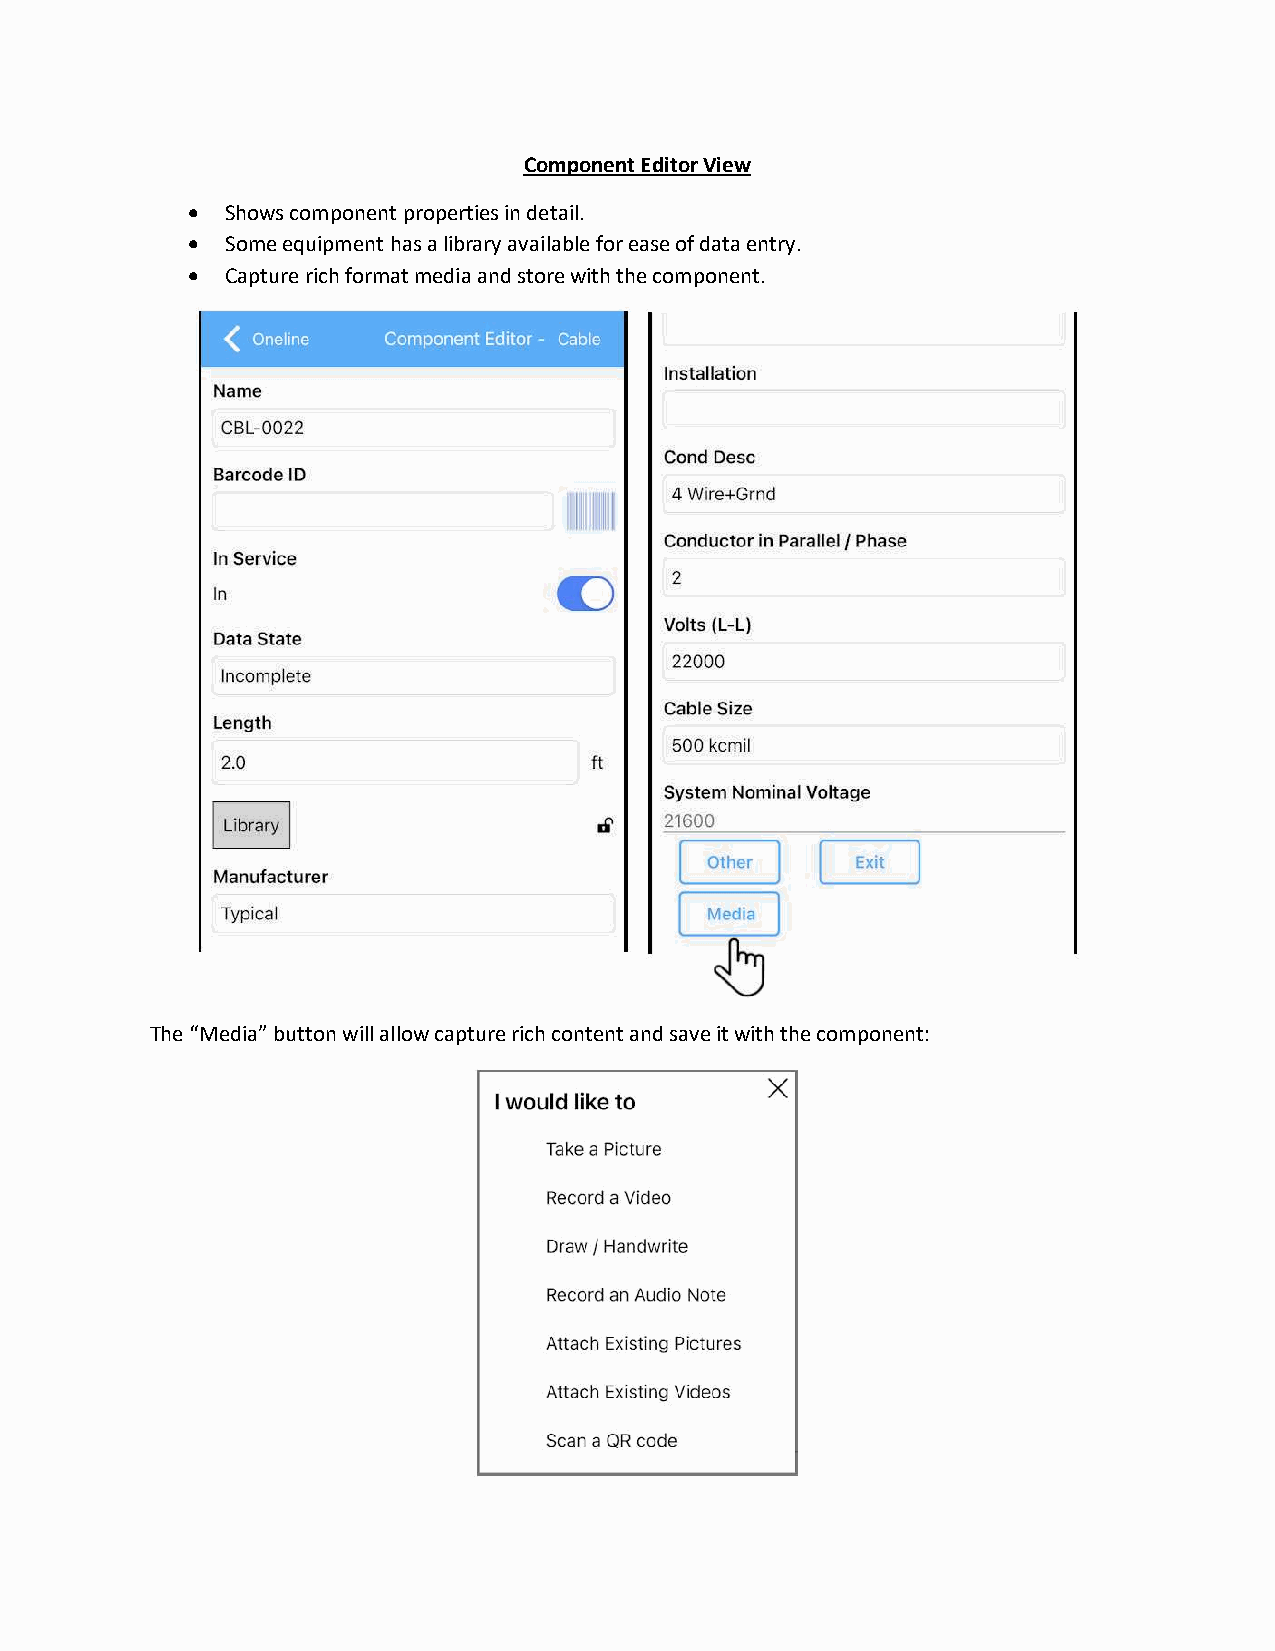
Component Editor View
   Shows component properties in detail.
   Some equipment has a library available for ease of data entry.
   Capture rich format media and store with the component.
 The “Media” button will allow capture rich content and save it with the component: